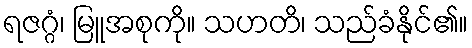
ရဇဂ္ဂံ၊ မြူအစုကို။ သဟတိ၊ သည်ခံနိုင်၏။